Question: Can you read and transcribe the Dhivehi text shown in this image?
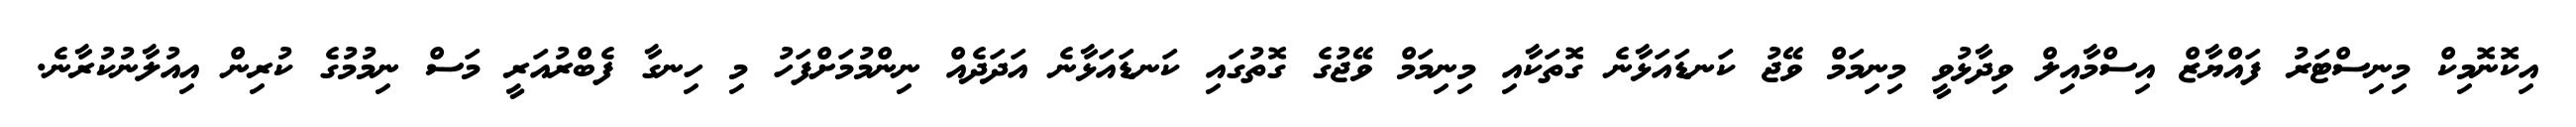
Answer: އިކޮނޮމިކް މިނިސްޓަރު ފައްޔާޒް އިސްމާއިލް ވިދާޅުވީ މިނިމަމް ވޭޖު ކަނޑައަޅާނެ ގޮތަކާއި މިނިމަމް ވޭޖުގެ ގޮތުގައި ކަނޑައަޅާނެ އަދަދެއް ނިންމުމަށްފަހު މި ހިނގާ ފެބްރުއަރީ މަސް ނިމުމުގެ ކުރިން އިއުލާނުކުރާނެ.